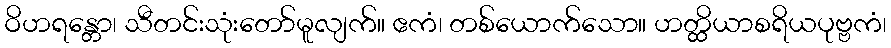
ဝိဟရန္တော၊ သီတင်းသုံးတော်မူလျက်။ ဧကံ၊ တစ်ယောက်သော။ ဟတ္ထိယာစရိယပုဗ္ဗကံ၊